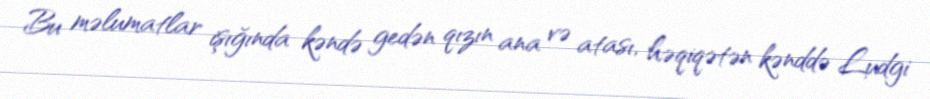
Bu məlumatlar işığında kəndə gedən qızın ana və atası, həqiqətən kənddə Ludgi